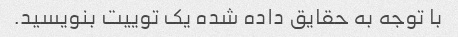
با توجه به حقایق داده شده یک توییت بنویسید.